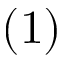
( 1 )